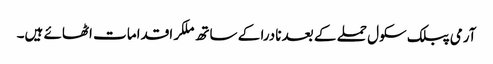
آرمی پبلک سکول حملے کے بعد نادرا کے ساتھ ملکر اقدامات اٹھائے ہیں۔